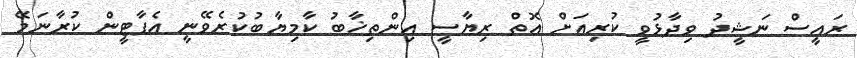
ރައީސް ނަޝީދު ވިދާޅުވީ ކުރިއަށް އޮތް ރިޔާސީ އިންތިޚާބު ކާމިޔާބުކުރެވޭނީ އެޕާޓީން ކުރާނަމޭ